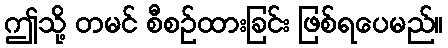
ဤသို့ တမင် စီစဉ်ထားခြင်း ဖြစ်ရပေမည်။